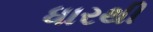
ધારથી